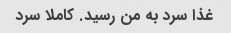
غذا سرد به من رسید. کاملا سرد